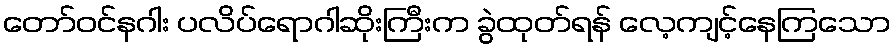
တော်ဝင်နဂါး ပလိပ်ရောဂါဆိုးကြီးက ခွဲထုတ်ရန် လေ့ကျင့်နေကြသော